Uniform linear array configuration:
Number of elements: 32
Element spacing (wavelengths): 1
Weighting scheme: hann
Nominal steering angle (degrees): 0
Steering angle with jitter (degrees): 1.09
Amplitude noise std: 0.05
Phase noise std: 0.05

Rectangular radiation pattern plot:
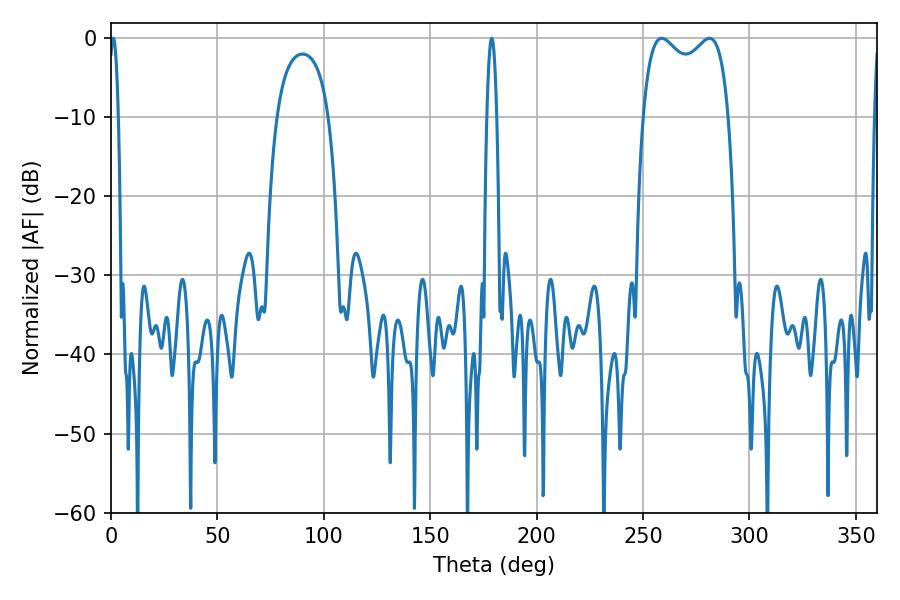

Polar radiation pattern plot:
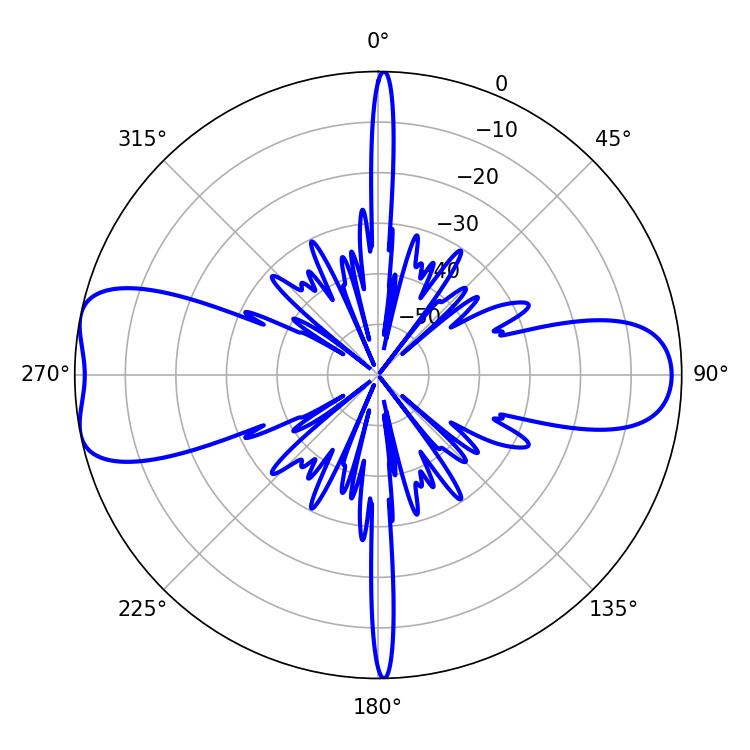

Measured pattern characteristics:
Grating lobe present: TRUE
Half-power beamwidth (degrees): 33.48
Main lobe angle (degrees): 258.84